Reports on dispensaries and lunatic asylums in the Province of Oudh - 1869-1876
Year: 1869
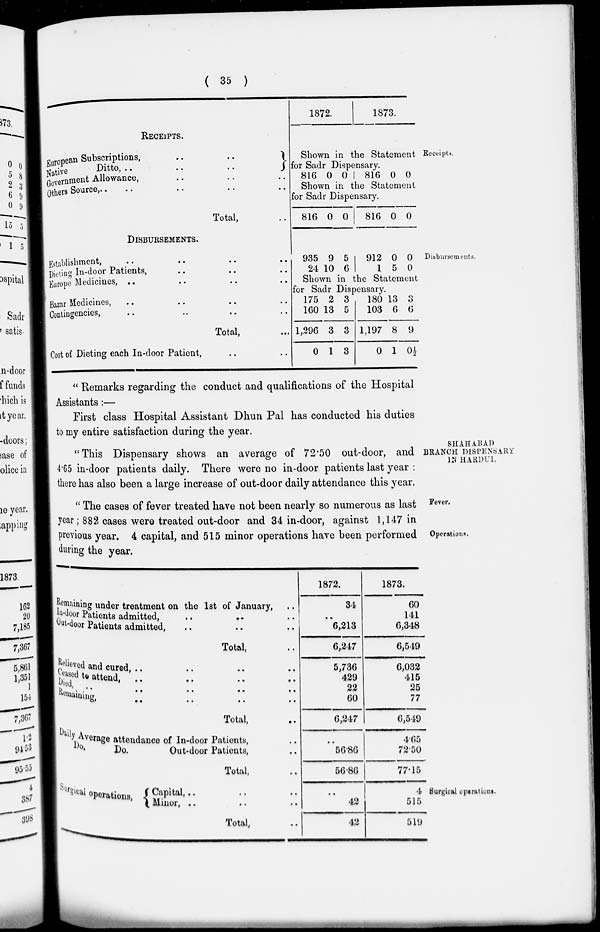
( 35 )
Receipts.
RECEIPTS.
European Subscriptions,
..
..
Native
Ditto,
..
..
..
Government Allowance, .. .. .. ..
Others Source, .. .. .. .. ..
Total, ..
1872.
1873.
Shown in the Statement
for Sadr Dispensary.
816 0 0
816 0 0
Shown in the Statement
for Sadr Dispensary.
816 0 0
816 0 0
Disbursements.
DISBURSEMENTS.
Establishment, .. .. .. ..
Dieting In-door Patients, .. .. ..
Europe Medicines, .. .. .. ..
Bazar Medicines, .. .. .. ..
Contingencies, .. .. .. ..
Total, ..
Cost of Dieting each In-door Patient, .. ..
935
24
9
10
5
6
912
1
0
5
0
0
Shown in the Statement
for Sadr Dispensary.
175
160
1,296
0
2
13
3
1
3
5
3
3
180
103
1,197
0
13
6
8
1
3
6
9
0½
SHAHABAD
BRANCH DISPENSARY
IN HARDUI.
" Remarks regarding the conduct and qualifications of the Hospital
Assistants:—
First class Hospital Assistant Dhun Pal has conducted his duties
to my entire satisfaction during the year.
"This Dispensary shows an average of 72.50 out-door, and
4.65 in-door patients daily. There were no in-door patients last year :
there has also been a large increase of out-door daily attendance this year.
Fever.
Operations.
" The cases of fever treated have not been nearly so numerous as last
year; 882 cases were treated out-door and 34 in-door, against 1,147 in
previous year. 4 capital, and 515 minor operations have been performed
during the year.
Remaining under treatment on the 1st of January,
..
In-door Patients admitted, .. .. ..
Out-door Patients admitted, .. .. ..
Total, ..
Relieved and cured, .. .. .. ..
Ceased to attend, .. .. .. ..
Died, .. .. .. ..
Remaining,
..
..
..
..
Total, ..
Daily Average attendance of In-door Patients, ..
Do.
Do.
Out-door Patients, ..
Total, ..
1872.
34
..
6,213
6,247
5,736
429
22
60
6,247
..
56.86
56.86
1873.
60
141
6,348
6,549
6,032
415
25
77
6,549
4.65
72.50
77.15
Surgical operations.
Surgical operations,
Capital, .. .. ..
Minor, .. .. ..
Total, ..
..
42
42
4
515
519